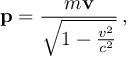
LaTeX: \mathbf { p } = { \frac { m \mathbf { v } } { \sqrt { 1 - { \frac { v ^ { 2 } } { c ^ { 2 } } } } } } \, ,